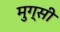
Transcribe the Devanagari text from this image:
मुग्सी